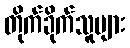
တိုက်ခိုက်သူများ